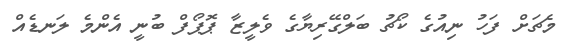
މެޗަށް ފަހު ނިއުގެ ކޯޗު ބަލްގޭރިޔާގެ ވެލީޒާ ޕޮޕޯފް ބުނީ އެންމެ ލަނޑެއް